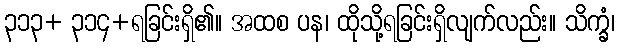
၃၁၃+ ၃၁၄+ရခြင်းရှိ၏။ အထစ ပန၊ ထိုသို့ရခြင်းရှိလျက်လည်း။ သိက္ခံ၊